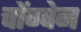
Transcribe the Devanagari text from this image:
चोंग्वेन